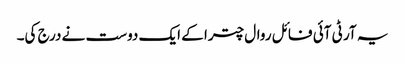
یہ آر ٹی آئی فائل روال چترا کے ایک دوست نے درج کی۔